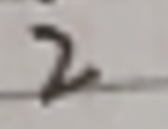
2